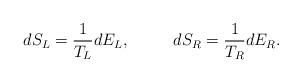
\begin{align*}dS_L={1\over{T_L}}dE_L,\ \ \ \ \ \ \ \ dS_R={1\over{T_R}}dE_R.\end{align*}